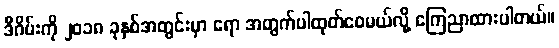
ဒီဂိမ်းကို ၂၀၁၈ ခုနှစ်အတွင်းမှာ ရော အတွက်ပါထုတ်ဝေမယ်လို့ ကြေညာထားပါတယ်။